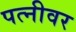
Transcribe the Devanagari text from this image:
पत्‍नीवर